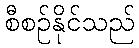
စီစဉ်နိုင်သည်